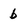
Character: b